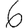
Digit: 6